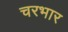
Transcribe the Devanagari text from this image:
चरभार